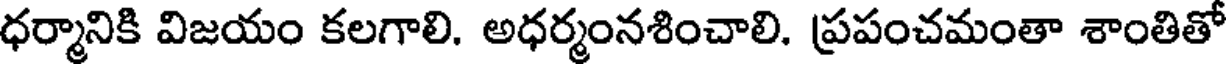
ధర్మానికి విజయం కలగాలి. అధర్మంనశించాలి. ప్రపంచమంతా శాంతితో